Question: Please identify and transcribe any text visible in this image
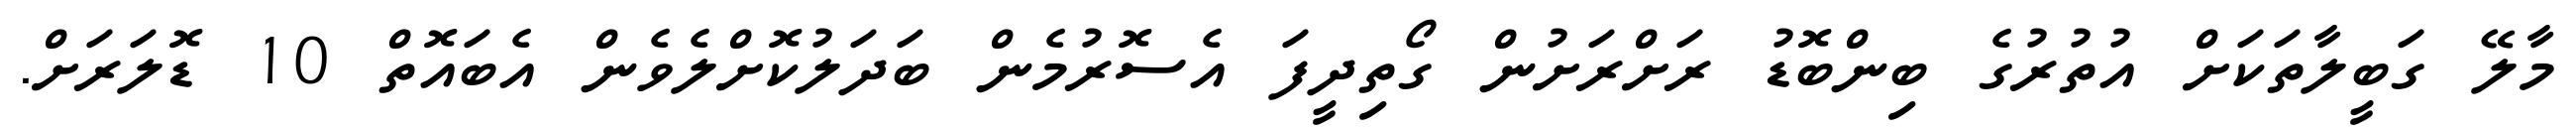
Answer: މާލޭ ގަބީލާތަކަށް އުތުރުގެ ބިންބޮޑު ރަށްރަށުން ގޯތިދީފަ އެސޮރުމެން ބަދަލުކޮށްލެވެން އެބައޮތް 10 ޑޮލަރަށް.